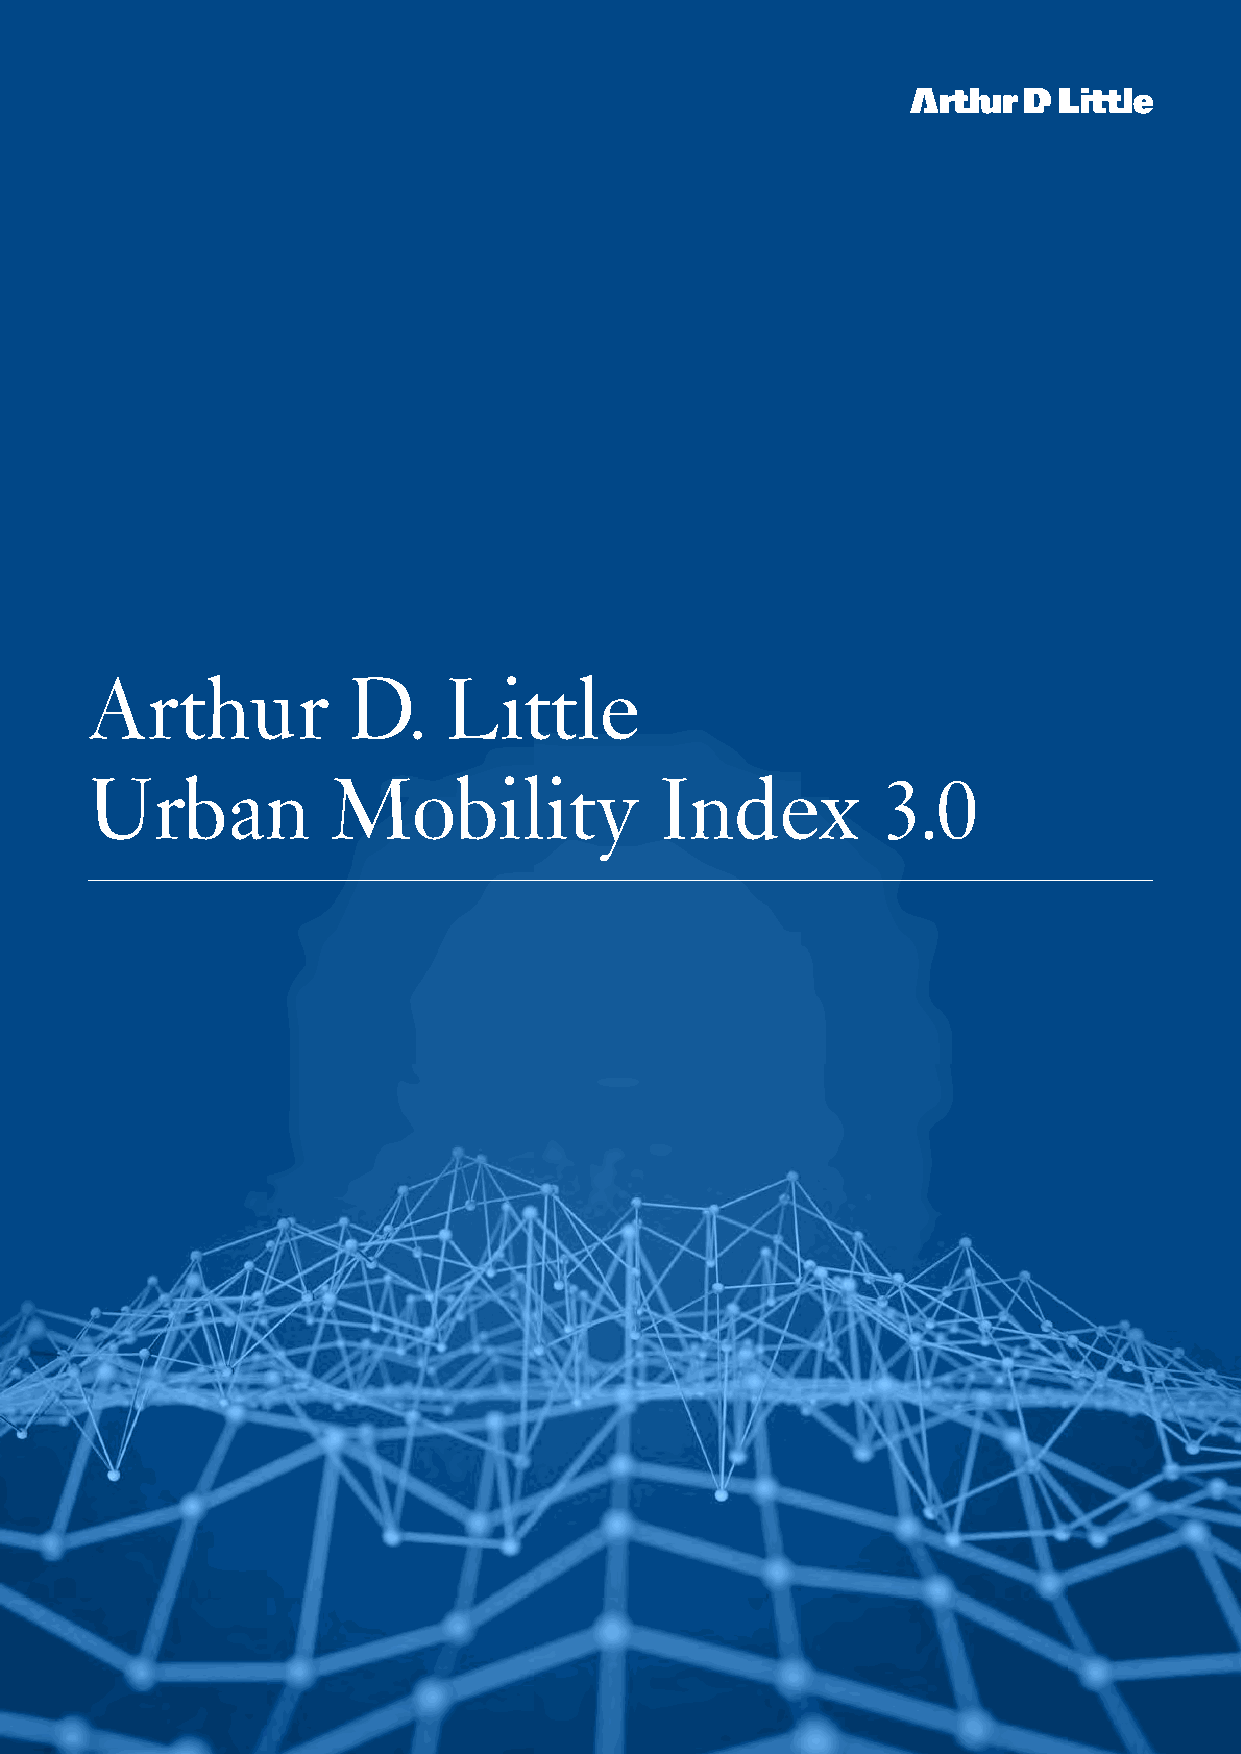
Arthur           D.    Little
 Urban           Mobility              Index         3.0
 77